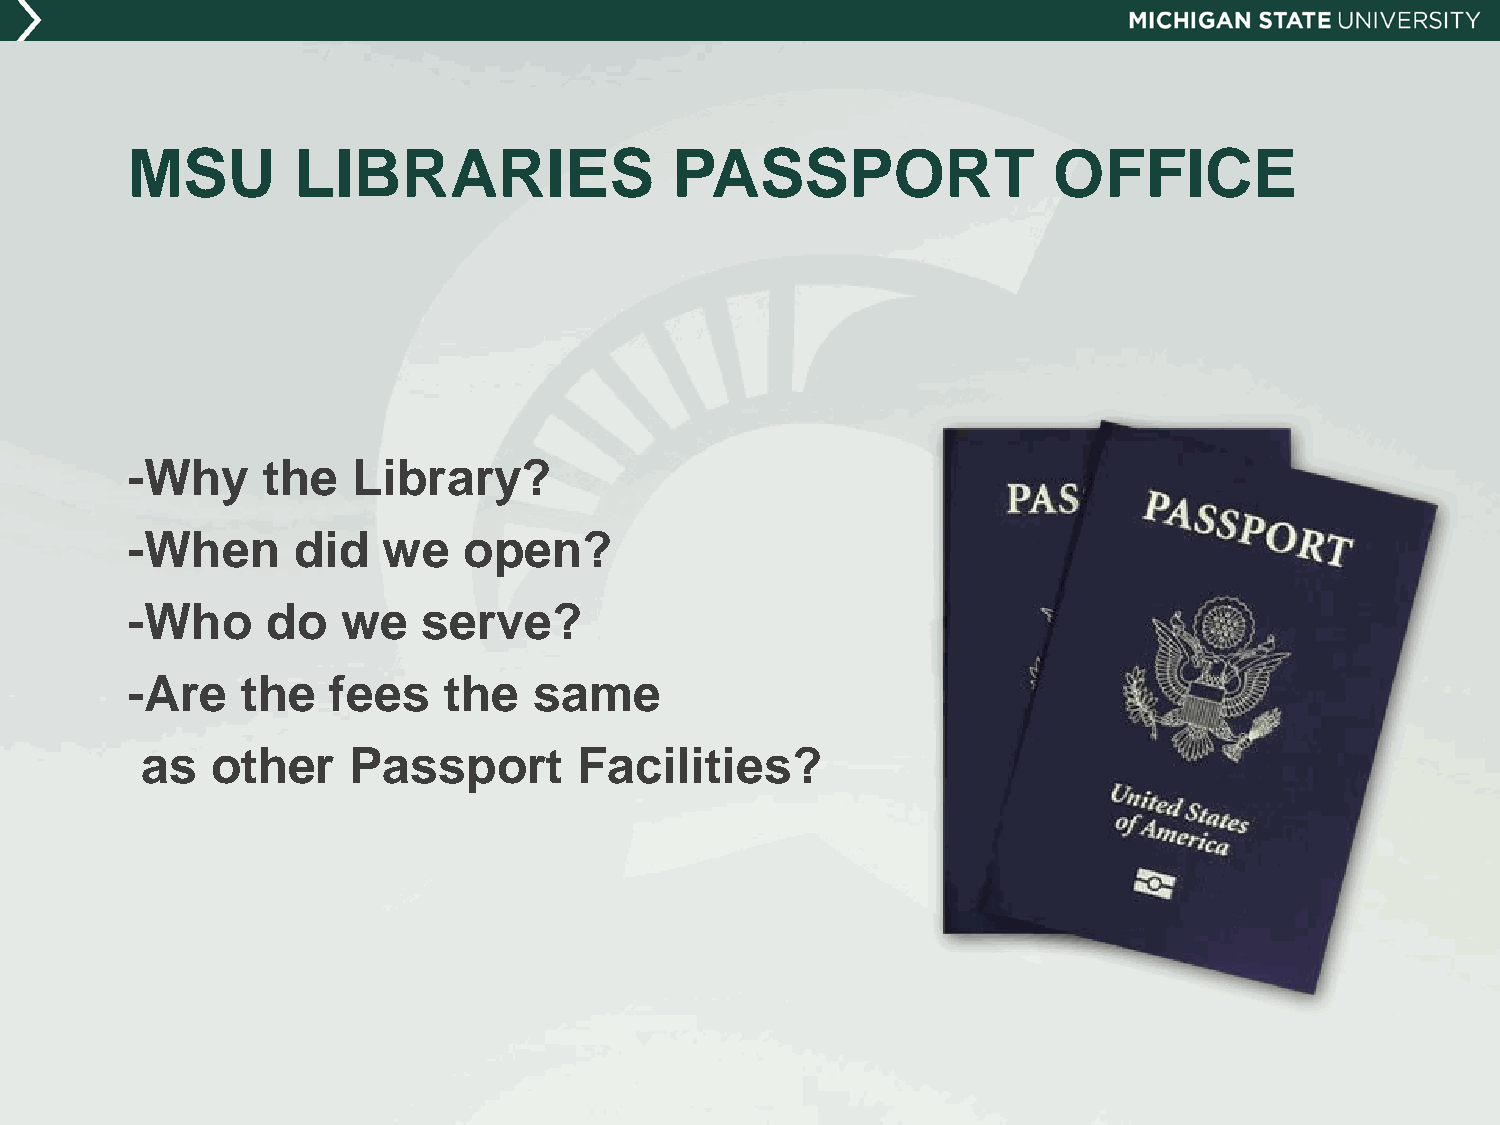
MSU        LIBRARIES                PASSPORT                  OFFICE
 -Why     the   Library?
 -When      did   we    open?
 -Who      do   we   serve?
 -Are    the   fees   the   same
 as   other    Passport       Facilities?